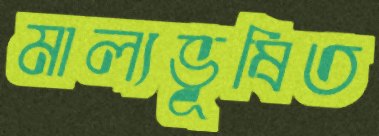
মাল্যভূষিত